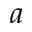
a